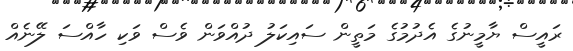
ރައީސް ޔާމީނުގެ އެދުމުގެ މަތީން ސައިކަލު ދުއްވަން ވެސް ވަކި ހާއްސަ ލޭނެއް